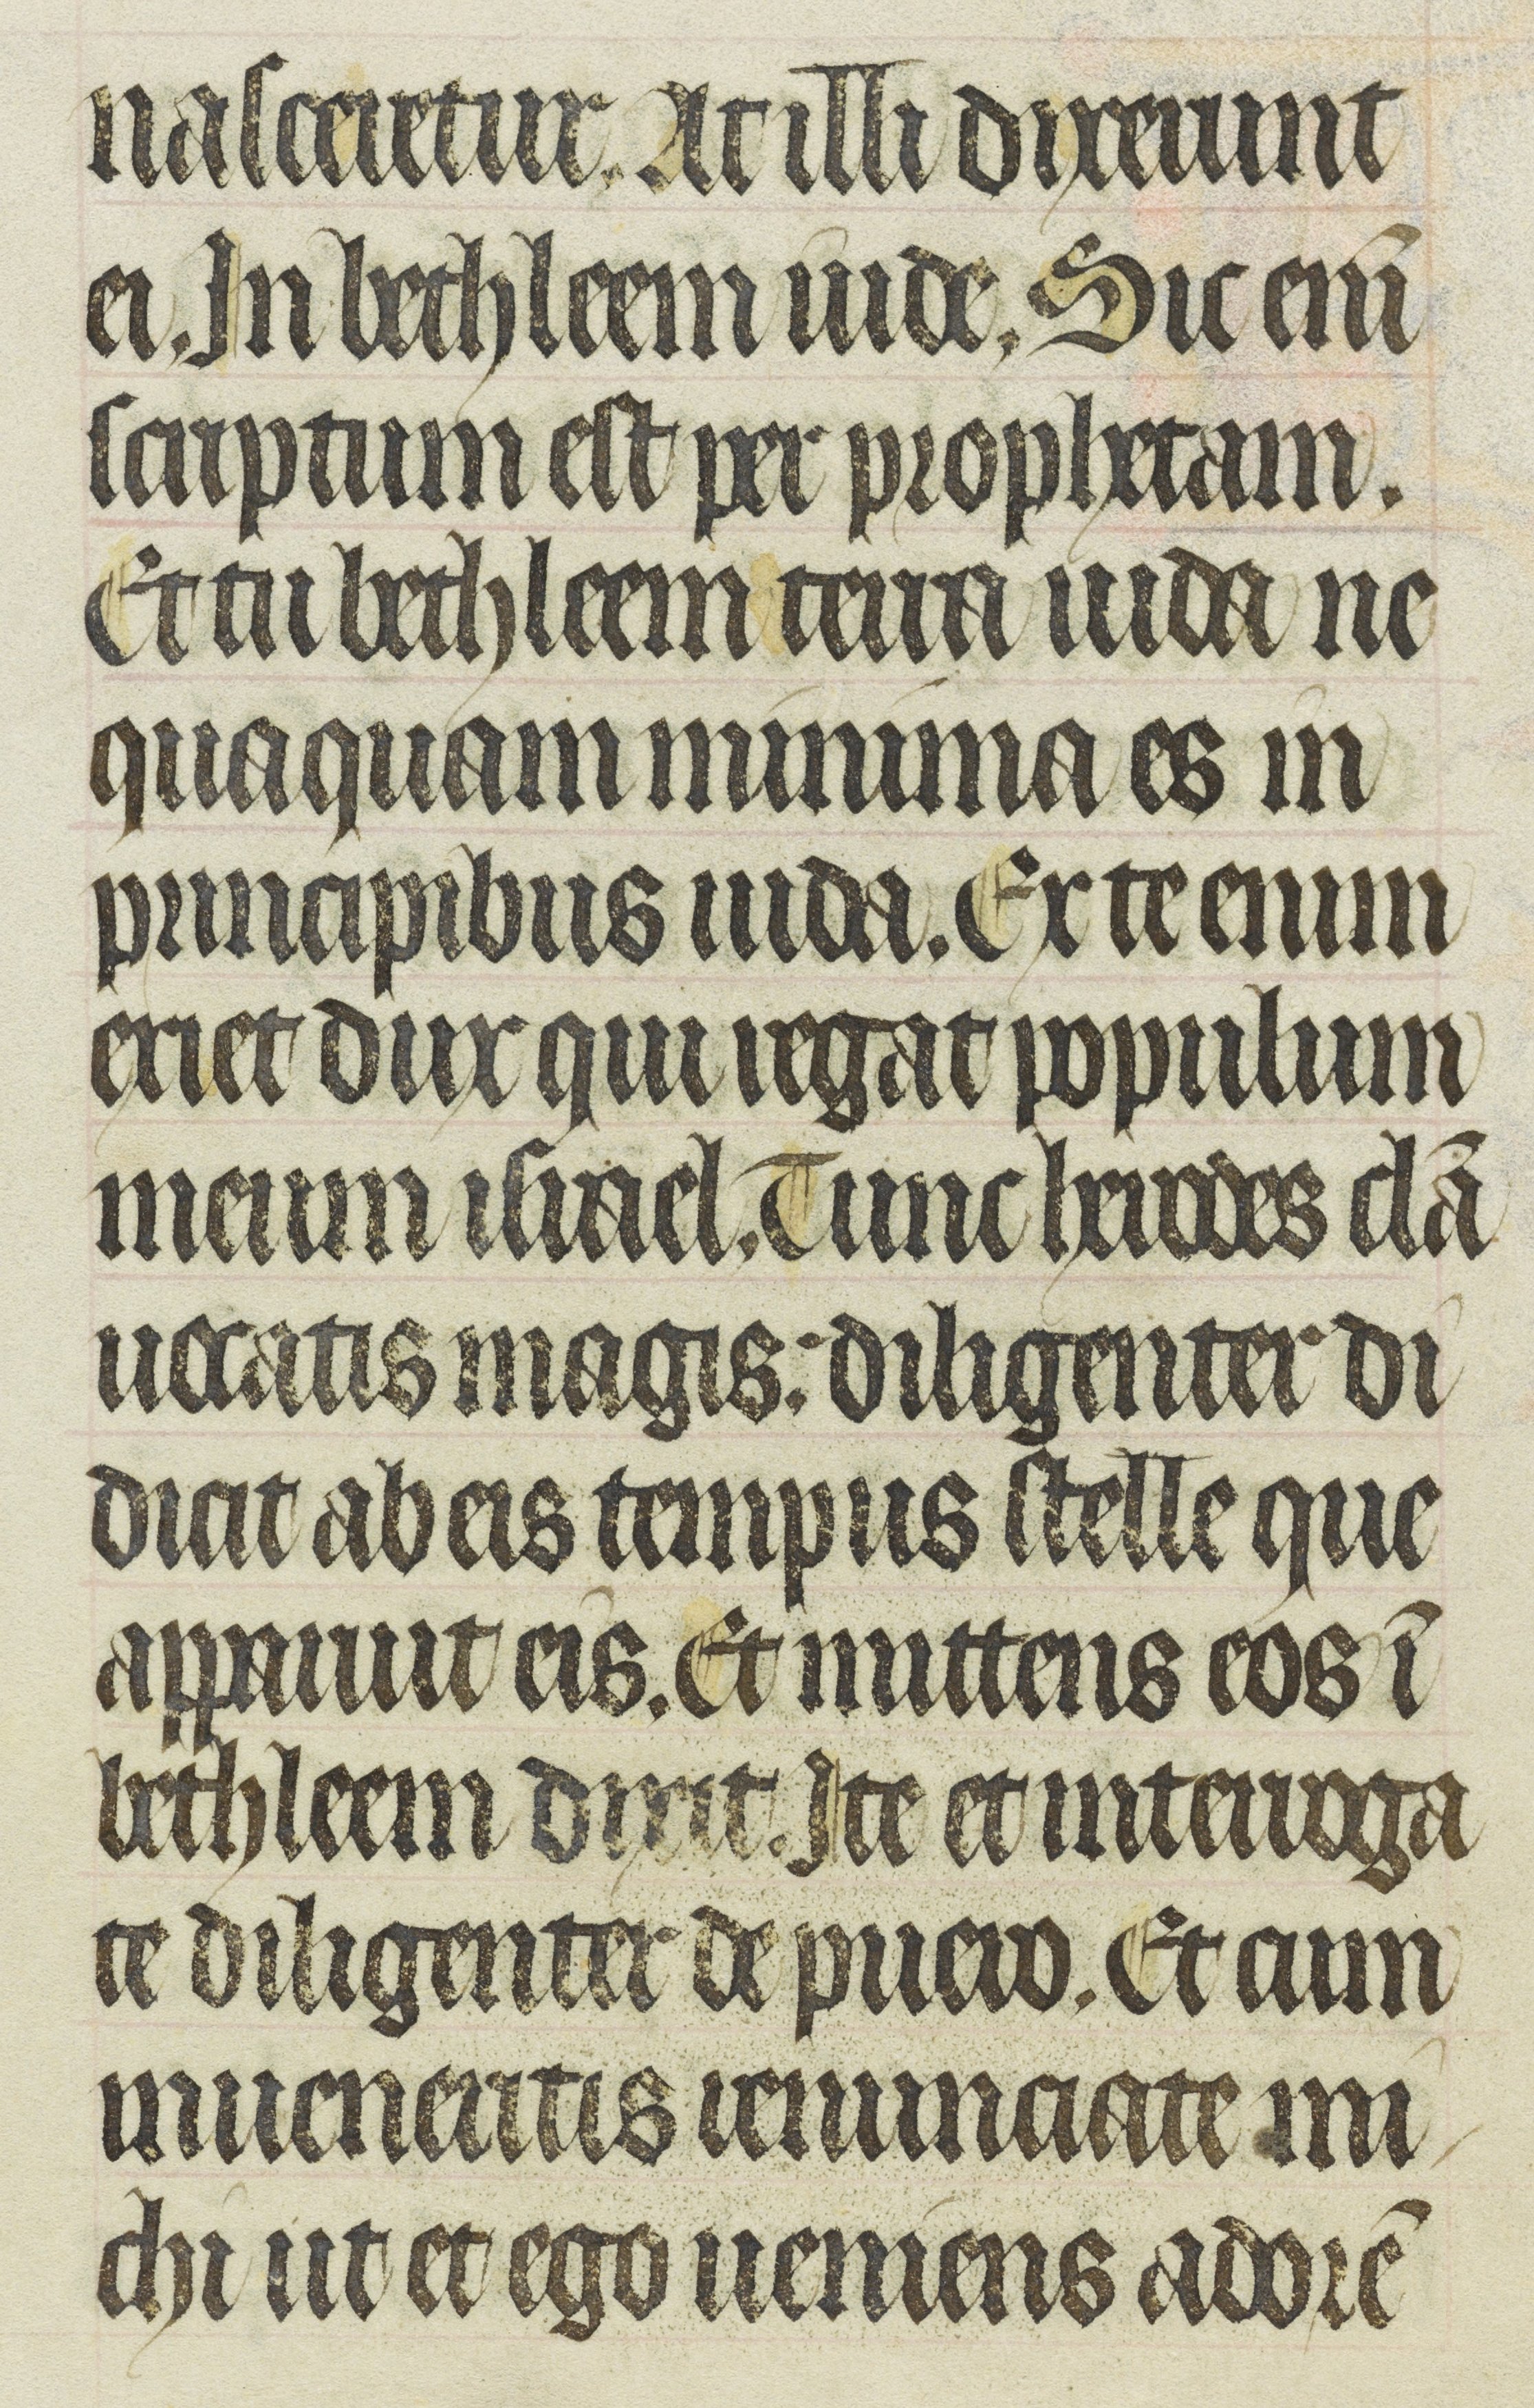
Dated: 1400–1430